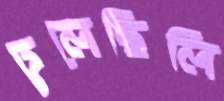
ঢুলেছিলি